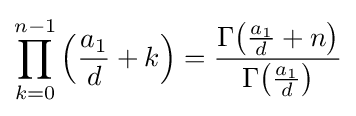
\prod _{k=0}^{n-1}\left({\frac {a_{1}}{d}}+k\right)={\frac {\Gamma {\left({\frac {a_{1}}{d}}+n\right)}}{\Gamma {\left({\frac {a_{1}}{d}}\right)}}}